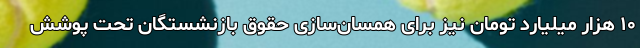
۱۰ هزار میلیارد تومان نیز برای همسان‌سازی حقوق بازنشستگان تحت پوشش